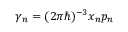
\d \gamma _ { n } = ( 2 \pi \hbar ) ^ { - 3 } \d \mathbf { x } _ { n } \d \mathbf { p } _ { n }